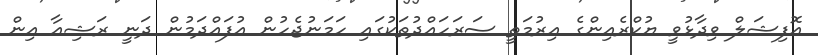
އޮފިޝަލް ވިދާޅުވީ ޔުކްރެއިންގެ އިރުމަތީ ސަރަހައްދުތަކުގައި ހަމަނުޖެހުން އުފައްދަމުން ދަނީ ރަޝިއާ އިން